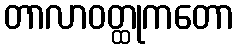
တာလာဝတ္ထုကတော